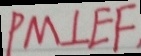
P M \bot E F